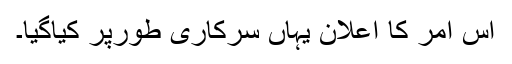
اس امر کا اعلان یہاں سرکاری طورپر کیاگیا۔